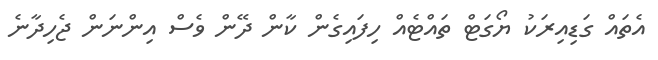
އެތައް ގަޑިއިރަކު ޔޯގަޓް ތައްޓެއް ހިފައިގެން ކާން ދޭން ވެސް އިންނަން ޖެހިދާނެ